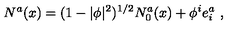
N ^ { a } ( x ) = ( 1 - | \phi | ^ { 2 } ) ^ { 1 / 2 } N _ { 0 } ^ { a } ( x ) + \phi ^ { i } e _ { i } ^ { a } \ ,